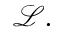
{ \mathcal { L } } .